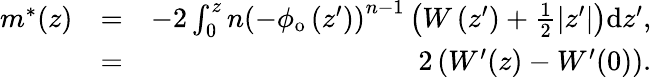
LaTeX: \begin{array}{rlr}{m^{*}(z)}&{=}&{-2\int_{0}^{z}n\left(-\phi_{\mathrm{o}}\left(z^{\prime}\right)\right)^{n-1}\left(W\left(z^{\prime}\right)+\frac{1}{2}|z^{\prime}|\right)\mathrm{d}z^{\prime},}\\ &{=}&{2\left(W^{\prime}(z)-W^{\prime}(0)\right).}\end{array}